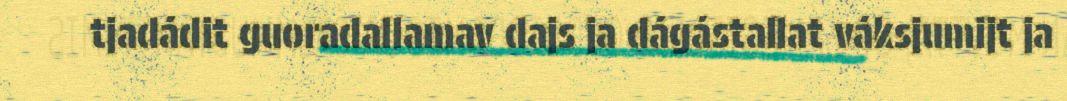
tjadádit guoradallamav dajs ja dágástallat váksjumijt ja